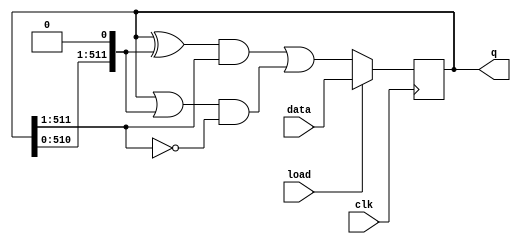
module top_module(
	input clk,
	input load,
	input [511:0] data,
	output [511:0] q
);

	always @(posedge clk) begin
		if (load) begin
			q <= data;
		end
		else begin
			// center <= left ？ center ^ right ：center | right
			// left -> q[511:1] center -> q[511:0] right -> {q[510:0],1'b0}
			q <= ( (q[511:0] ^ {q[510:0], 1'b0}) & q[511:1] ) | ( (q[511:0] | {q[510:0], 1'b0}) & (~q[511:1]) );
		end
	end

endmodule